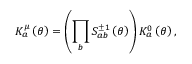
K _ { a } ^ { \mu } \left( \theta \right) = \left( \prod _ { b } S _ { a b } ^ { \pm 1 } \left( \theta \right) \right) K _ { a } ^ { 0 } \left( \theta \right) ,